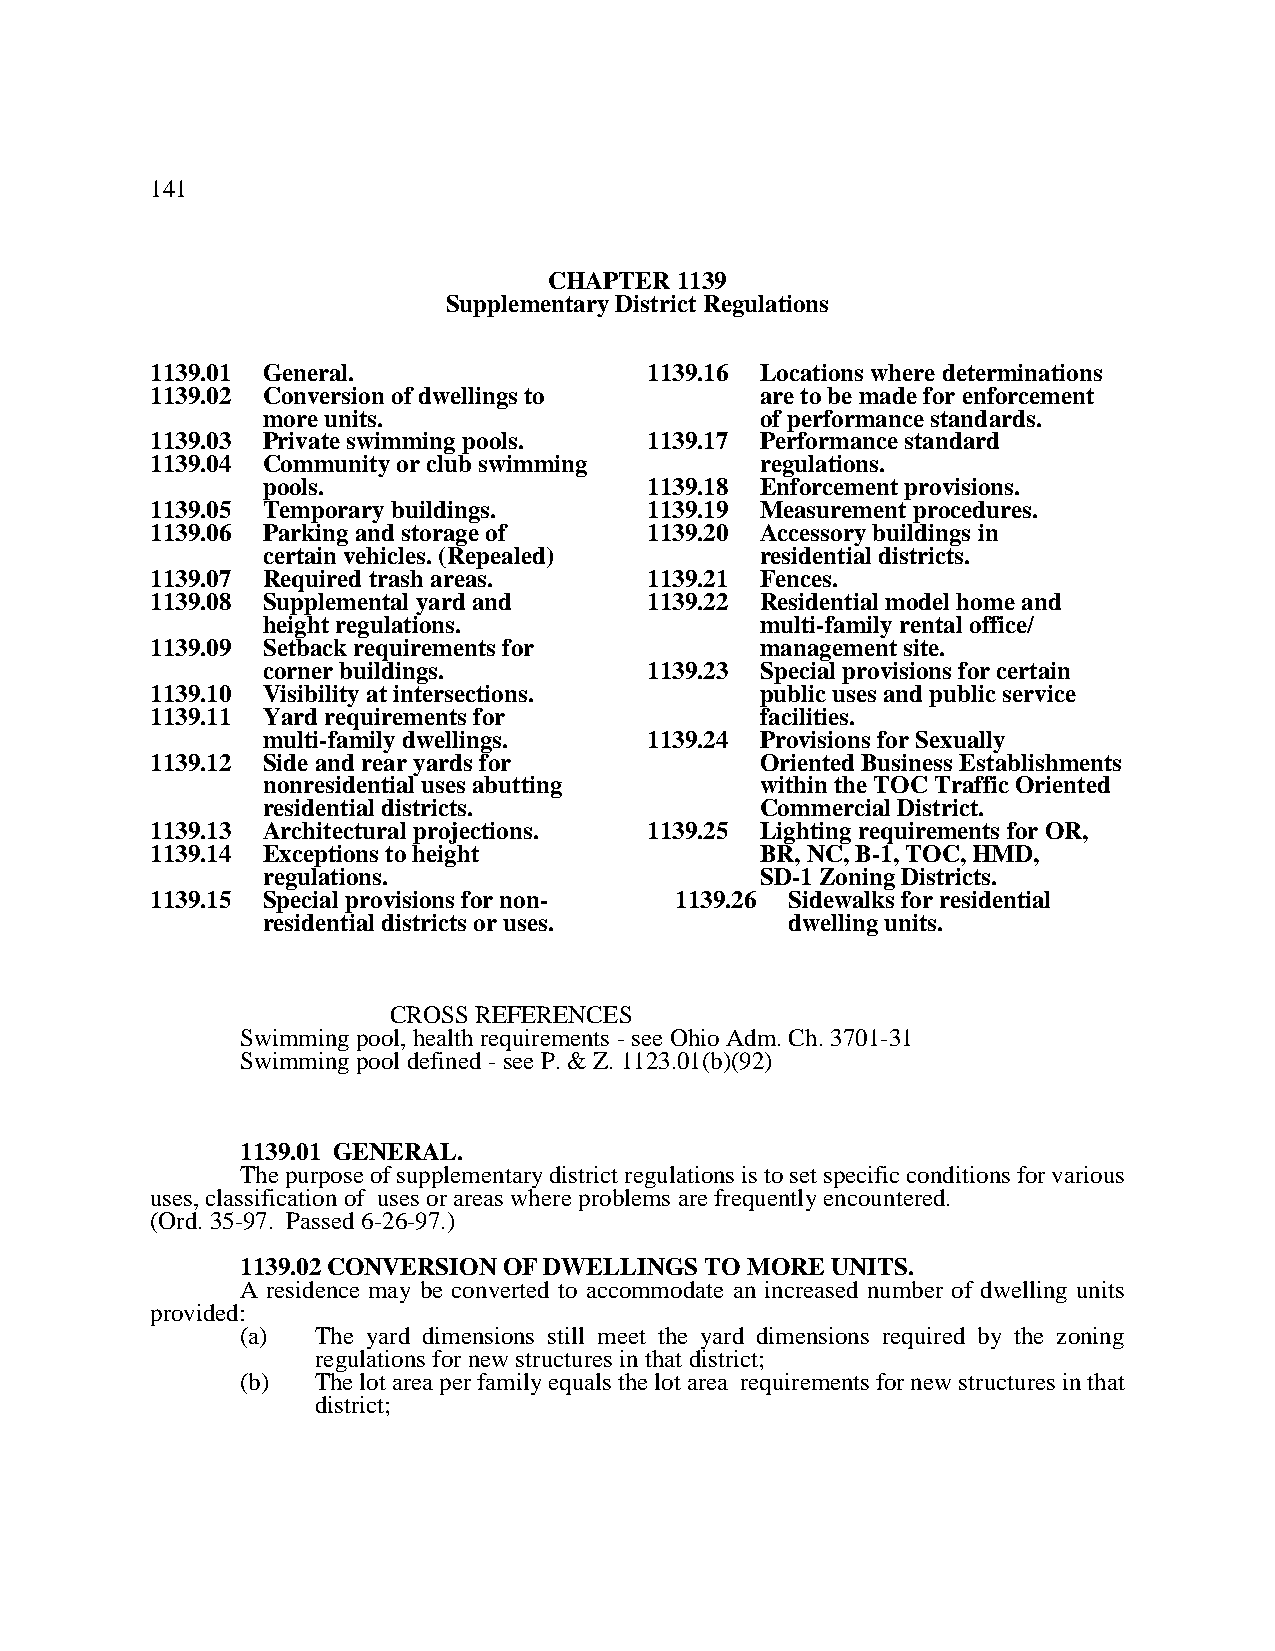
141
 CHAPTER  1139
 Supplementary District Regulations
 1139.01 General.                 1139.16 Locations where determinations
 1139.02 Conversion of dwellings to      are to be made for enforcement
 more units.                      of performance standards.
 1139.03 Private swimming pools.  1139.17 Performance standard
 1139.04 Community or club swimming      regulations.
 pools.                    1139.18 Enforcement provisions.
 1139.05 Temporary buildings.     1139.19 Measurement procedures.
 1139.06 Parking and storage of   1139.20 Accessory buildings in
 certain vehicles. (Repealed)     residential districts.
 1139.07 Required trash areas.    1139.21 Fences.
 1139.08 Supplemental yard and    1139.22 Residential model home and
 height regulations.              multi-family rental office/
 1139.09 Setback requirements for        management site.
 corner buildings.         1139.23 Special provisions for certain
 1139.10 Visibility at intersections.    public uses and public service
 1139.11 Yard requirements for           facilities.
 multi-family dwellings.   1139.24 Provisions for Sexually
 1139.12 Side and rear yards for         Oriented Business Establishments
 nonresidential uses abutting     within the TOC Traffic Oriented
 residential districts.           Commercial District.
 1139.13 Architectural projections. 1139.25 Lighting requirements for OR,
 1139.14 Exceptions to height            BR, NC, B-1, TOC, HMD,
 regulations.                     SD-1 Zoning Districts.
 1139.15 Special provisions for non- 1139.26 Sidewalks for residential
 residential districts or uses.     dwelling units.
 CROSS REFERENCES
 Swimming pool, health requirements - see Ohio Adm. Ch. 3701-31
 Swimming pool defined - see P. & Z. 1123.01(b)(92)
 1139.01 GENERAL.
 The purpose of supplementary district regulations is to set specific conditions for various
 uses, classification of uses or areas where problems are frequently encountered.
 (Ord. 35-97. Passed 6-26-97.)
 1139.02 CONVERSION OF DWELLINGS TO MORE UNITS.
 A residence may be converted to accommodate an increased number of dwelling units
 provided:
 (a)  The yard dimensions still meet the yard dimensions required by the zoning
 regulations for new structures in that district;
 (b)  The lot area per family equals the lot area requirements for new structures in that
 district;